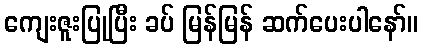
ကျေးဇူးပြုပြီး ခပ် မြန်မြန် ဆက်ပေးပါနော်။